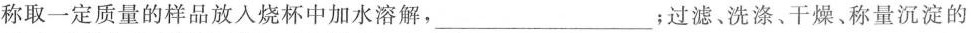
称取一定质量的样品放入烧杯中加水溶解，___ ；过滤、洗涤、干燥、称量沉淀的